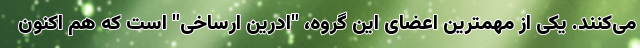
می‌کنند. یکی از مهمترین اعضای این گروه، "ادرین ارساخی" است که هم اکنون